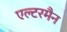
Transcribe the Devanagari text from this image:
एल्टरमैन